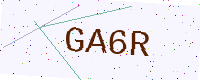
Text: GA6R